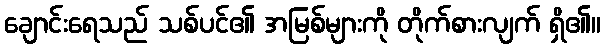
ချောင်းရေသည် သစ်ပင်၏ အမြစ်များကို တိုက်စားလျက် ရှိ၏။